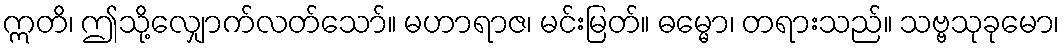
ဣတိ၊ ဤသို့လျှောက်လတ်သော်။ မဟာရာဇ၊ မင်းမြတ်။ ဓမ္မော၊ တရားသည်။ သဗ္ဗသုခုမော၊